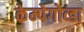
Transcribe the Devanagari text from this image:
केम्पेगोव्डा